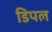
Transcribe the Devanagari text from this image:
डिपल